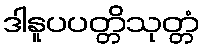
ဒါနူပပတ္တိသုတ္တံ